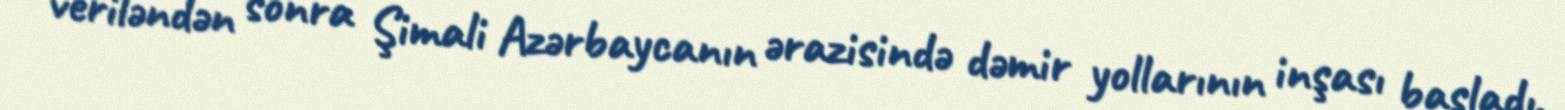
veriləndən sonra Şimali Azərbaycanın ərazisində dəmir yollarının inşası başladı.